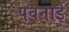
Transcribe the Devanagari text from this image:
पवनाई